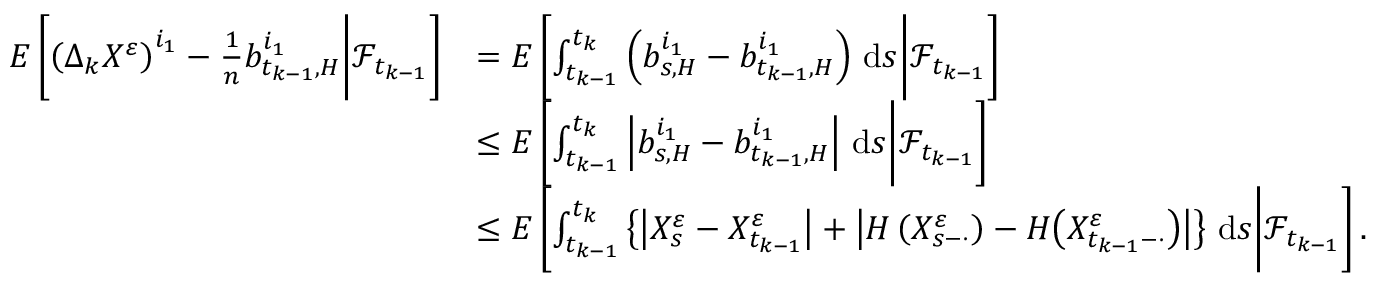
\begin{array} { r l } { E \left[ \left( \Delta _ { k } X ^ { \varepsilon } \right) ^ { i _ { 1 } } - \frac { 1 } { n } b _ { t _ { k - 1 } , H } ^ { i _ { 1 } } \bigg | \mathcal { F } _ { t _ { k - 1 } } \right] } & { = E \left[ \int _ { t _ { k - 1 } } ^ { t _ { k } } \left( b _ { s , H } ^ { i _ { 1 } } - b _ { t _ { k - 1 } , H } ^ { i _ { 1 } } \right) \, \mathrm { d } s \bigg | \mathcal { F } _ { t _ { k - 1 } } \right] } \\ & { \leq E \left[ \int _ { t _ { k - 1 } } ^ { t _ { k } } \left| b _ { s , H } ^ { i _ { 1 } } - b _ { t _ { k - 1 } , H } ^ { i _ { 1 } } \right| \, \mathrm { d } s \bigg | \mathcal { F } _ { t _ { k - 1 } } \right] } \\ & { \leq E \left[ \int _ { t _ { k - 1 } } ^ { t _ { k } } \left\{ \left| X _ { s } ^ { \varepsilon } - X _ { t _ { k - 1 } } ^ { \varepsilon } \right| + \left| H \left( X _ { s - \cdot } ^ { \varepsilon } \right) - H \big ( X _ { t _ { k - 1 } - \cdot } ^ { \varepsilon } \big ) \right| \right\} \, \mathrm { d } s \bigg | \mathcal { F } _ { t _ { k - 1 } } \right] . } \end{array}